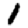
Digit: 1